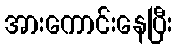
အားကောင်းနေပြီး